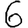
Digit: 6